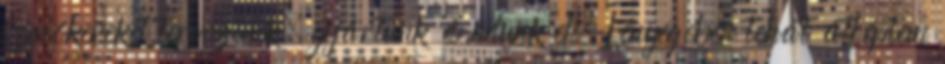
szmókereket tervezünk, gyártunk és adunk el. Lényegében tehát átléptem